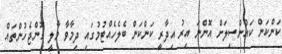
ކަންކަން ކައުންސިލަށް އޮންނަ އިރު އިދާރީ ކަންކަން ބެލެހެއްޓުމުގައި ދިމާވާ މާލީ ގޮންޖެހުންތައް